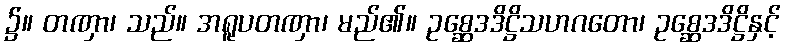
၌။ တဏှာ၊ သည်။ အရူပတဏှာ၊ မည်၏။ ဥစ္ဆေဒဒိဋ္ဌိသဟဂတော၊ ဥစ္ဆေဒဒိဋ္ဌိနှင့်